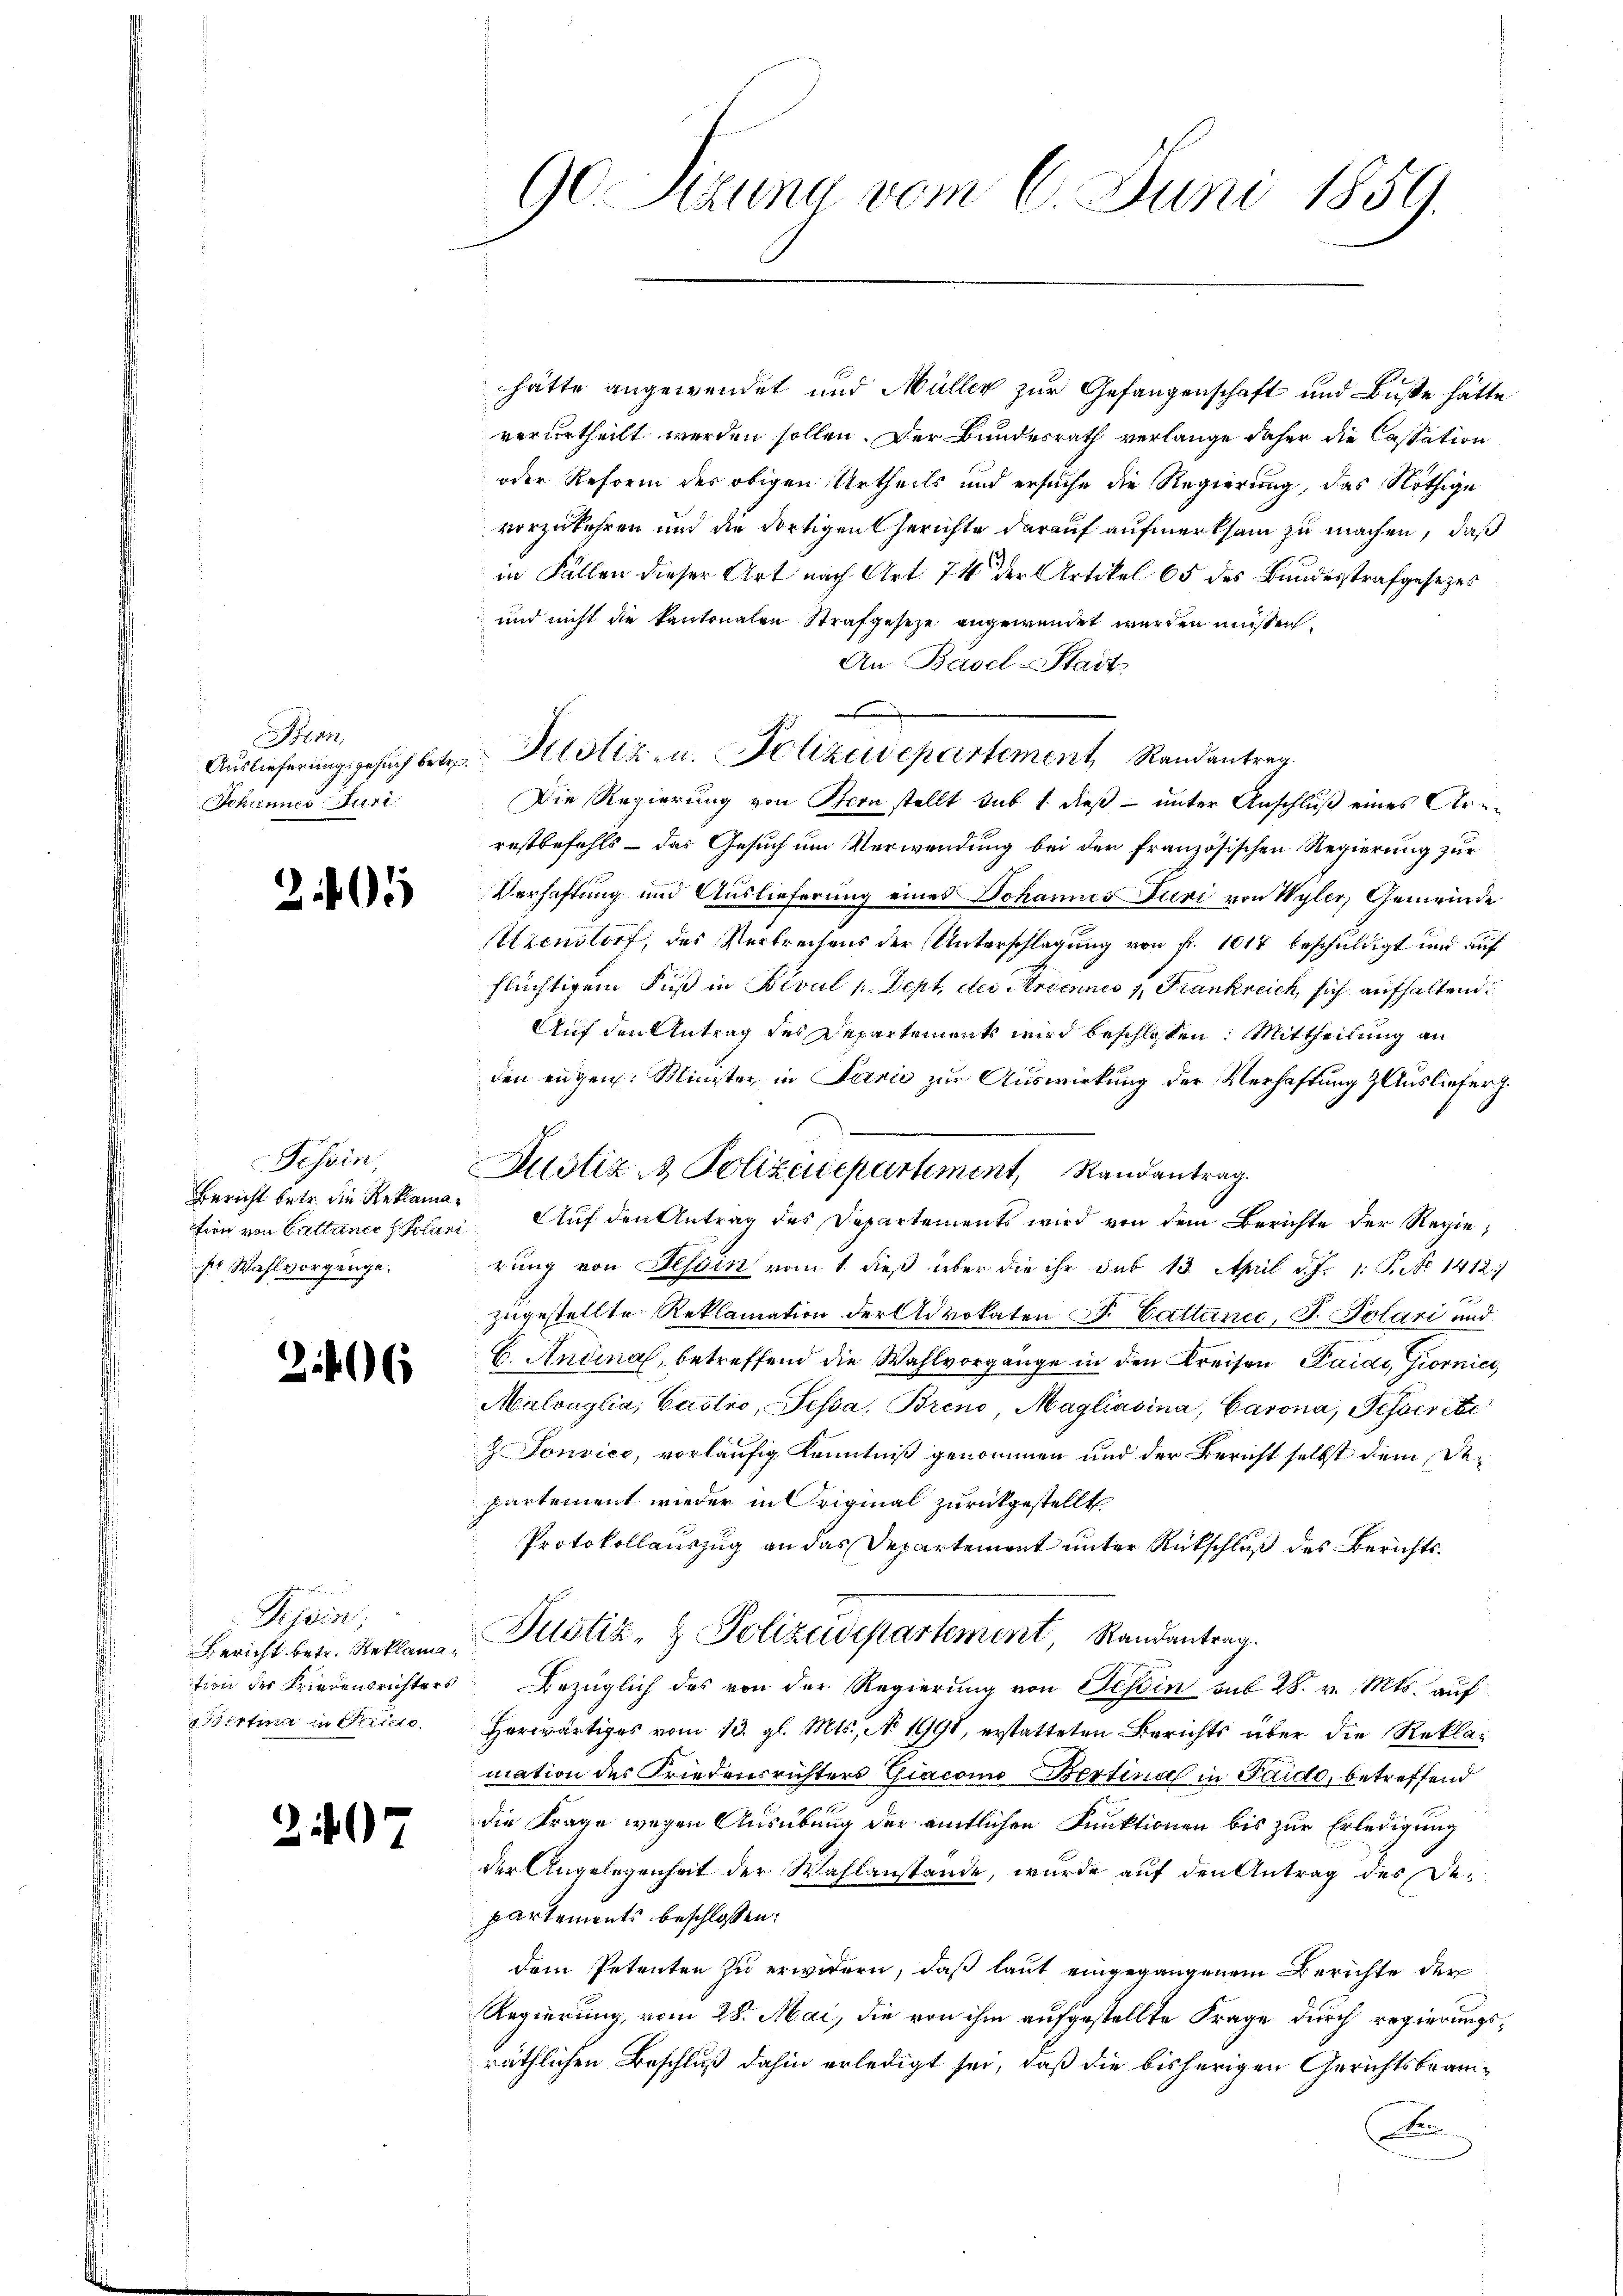
Bern
Auslieferungsgesuch betr.
Johannes Juri

25

Tessin,
Bericht betr. die Reklamation von Gattiner Polari
ses Wahl vorgänge.

u

6

Tessin;
Wirtina in Stricte

2.407

G Sizung vom 6. Juni 1859.

hätte angewendet und Müller zur Gefangenschaft und Buße hätte
verurtheilt werden sollen. Der Bundesrath verlange daher die Cassation
oder Reform des obigen Urtheils und ersuche die Regierung, das Nöthige
vorzukehren und die dortigen Gerichte darauf aufmerksam zu machen, daß
in Fällen dieser Art nach Art. 74 der Artikel 65 des Bundesstrafgesezes
und nicht die kantonalen Strafgeseze angewendet werden müssen.
An Basel-Stadts
Die Regierung von Bern stellt sub 1 dieß – unter Anschluß eines Arerestbefehls – das Gesuch um Verwendung bei der französischen Regierung zur
Verhaftung und Auslieferung eines Johannes Juri von Wyler, Gemeinde
Axenstorf, des Verbrechens der Unterschlagung von Fr. 1614 beschuldigt und auf
flüchtigem Fuß in Beval (Dept, der Kriennes v. Frankreich, sich aufhaltend:
Auf den Antrag des Departements wird beschlossen: Mittheilung an
den engen. Minister in Jarić zur Auswirkung der Verhaftung & Ausliefer
Auf den Antrag des Departements wird von dem Berichte der Regierung von Tessin vom 1. dieß über die ihr sub 13 April d. J. 1: P. 1412.)
zugestellte Reklamation der Advokaten Dr. Cattance, S. Polari und
B. Anginal, betreffend die Wahlvorgänge in den Kreisen Pardi, Giornic
Malvaglia, Castro, Pessa, Breno, Magliašina, Carona, Schocrite
 Tonvice, vorläufig Kenntniß genommen und der Bericht selbst dem Departement wieder in Original zurückgestellt,
Protokollauszug an das Departement unter Rückschluß des Berichts¬
Bericht betr. Reklama, Pustiz- & Polizeidepartement, Randantrag.
tion der Friedensrichters bezüglich des von der Regierŭng von Tessin aus 28. v. Mts. auf
Herwärtiges vom 13. gl. Mts., N. 1998, erstatteten Berichts über die Reklamation des Friedensrichters Giacon Bertina in Paido, betreffend
die Frage wegen Ausübung der amtlichen Funktionen bis zur Erledigung
der Angelegenheit der Wahlanstande, wurde auf den Antrag des Departements beschlossen:
dem Petenten zu erwidern, daß laut eingegangenem Berichte der
Regierung, vom 28. Mai, die von ihm aufgestellte Frage durch regierungsräthlichen Beschluß dahin erledigt sei, daß die bisherigen Gerichtsbeam¬
F

Justiz- & Polizeisepartement, Randantrag.

Sistiz- u. Polizeidepartement Randantrag